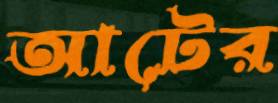
আটের